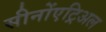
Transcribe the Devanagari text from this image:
सीनोंएट्रिअल